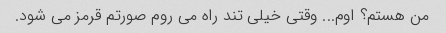
من هستم؟ اوم... وقتی خیلی تند راه می روم صورتم قرمز می شود.